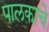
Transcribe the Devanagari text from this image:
पालकाचे